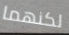
لكنهما